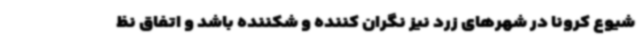
شیوع کرونا در شهرهای زرد نیز نگران کننده و شکننده باشد و اتفاق نظ